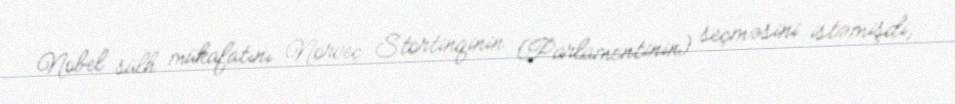
Nobel sülh mükafatını Norveç Stortinqinin (Parlamentinin) seçməsini istəmişdi,